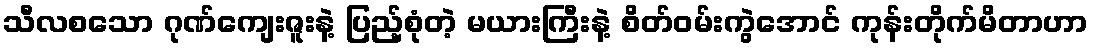
သီလစသော ဂုဏ်ကျေးဇူးနဲ့ ပြည့်စုံတဲ့ မယားကြီးနဲ့ စိတ်ဝမ်းကွဲအောင် ကုန်းတိုက်မိတာဟာ